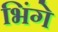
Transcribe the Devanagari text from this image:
भिंगे